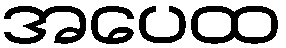
အပေထ